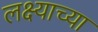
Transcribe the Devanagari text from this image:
लक्ष्याच्या